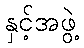
နှင့်အဖွဲ့